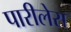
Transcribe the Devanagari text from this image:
पारीलेरा